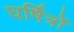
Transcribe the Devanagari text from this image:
घर्षित्रों